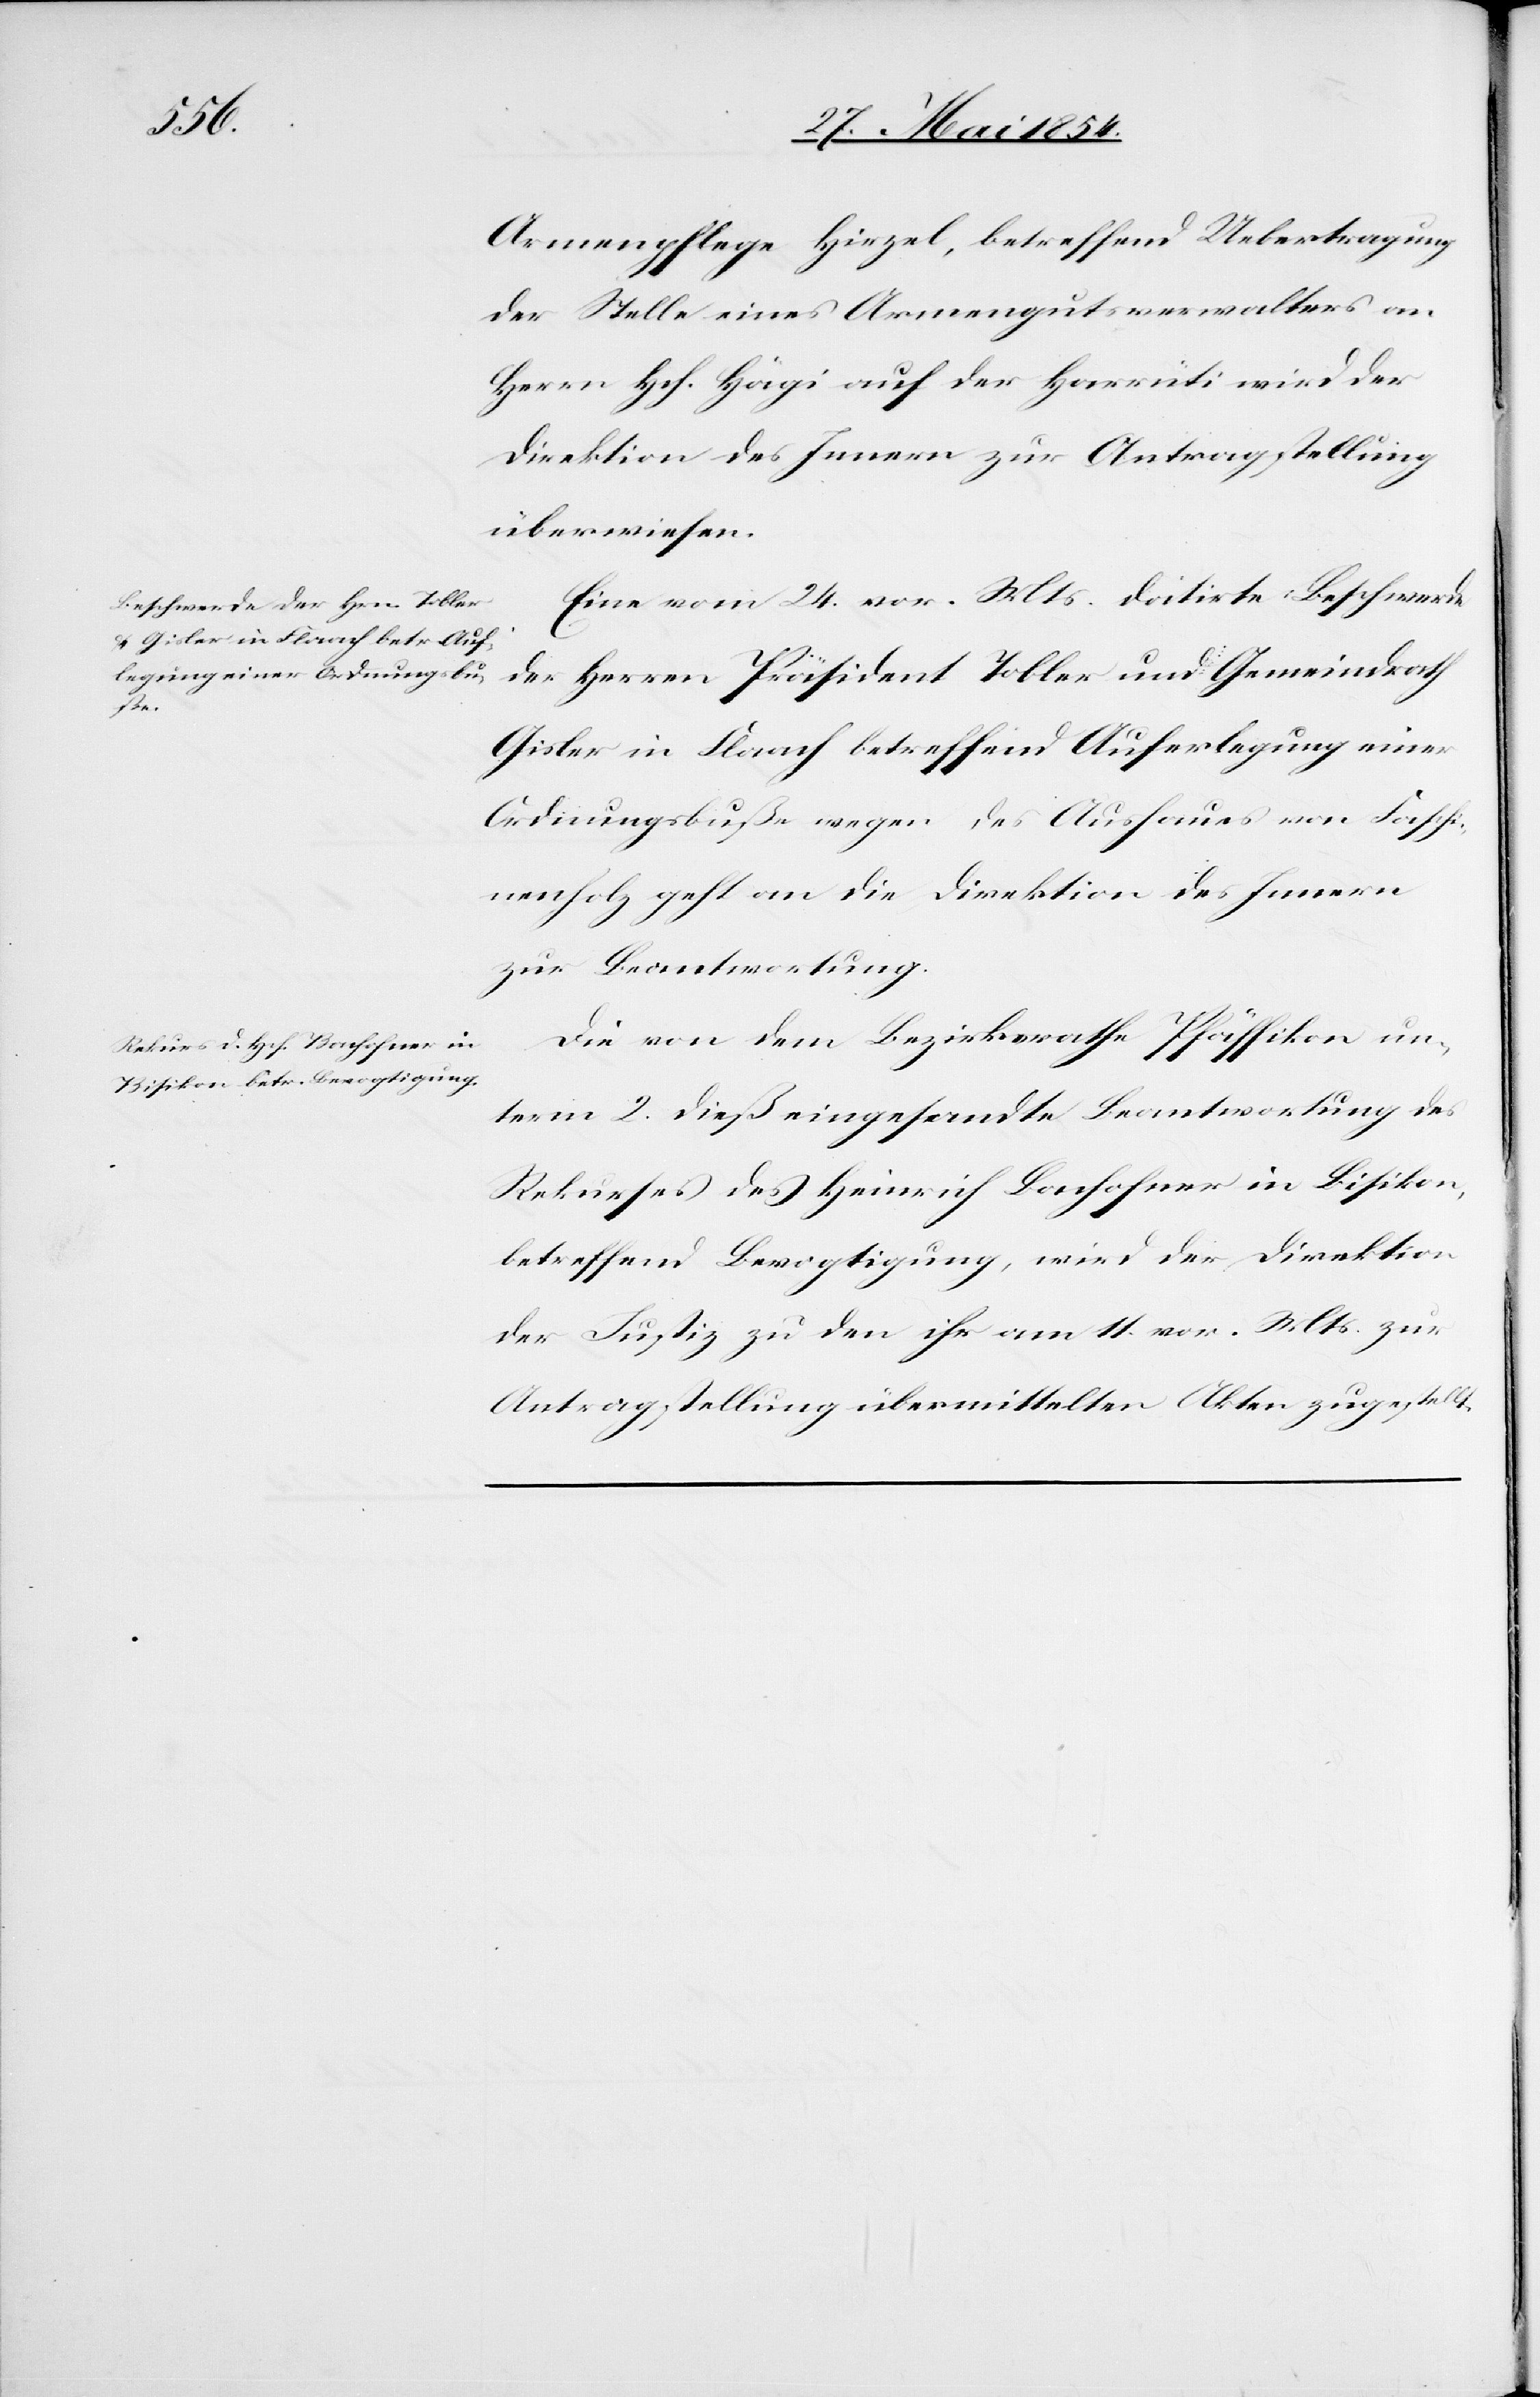
1854.]
3.

Armenpflege Hirzel, betreffend Uebertragung
der Stelle eines Armengutsverwalters an
Herrn Hch. Hägi auf der Harrüti wird der
Direktion des Innern zur Antragstellung
überwiesen.
Eine vom 24. vor. Mts. datirte Beschwerde
der Herren Präsident Tobler und Gemeindrath
Gisler in Flaach betreffend Auferlegung einer
Ordnungsbuße wegen des Aushaues von Faschi¬
nenholz geht an die Direktion des Innern
zur Beantwortung.
Die von dem Bezirksrathe Pfäffikon un¬
term 2. dieß eingesandte Beantwortung des
Rekurses des Heinrich Bachofner in Bisikon,
betreffend Bevogtigung, wird der Direktion
der Justiz zu den ihr am 11. vor. Mts. zur
Antragstellung übermittelten Akten zugestellt.